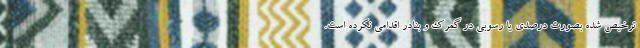
ترخیص شده بصورت درصدی یا رسوبی در گمرک و بنادر اقدامی نکرده‌ است.